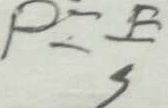
P = \frac { R } { S }